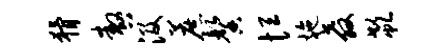
猾嗷汲蔗馨恒施教欷